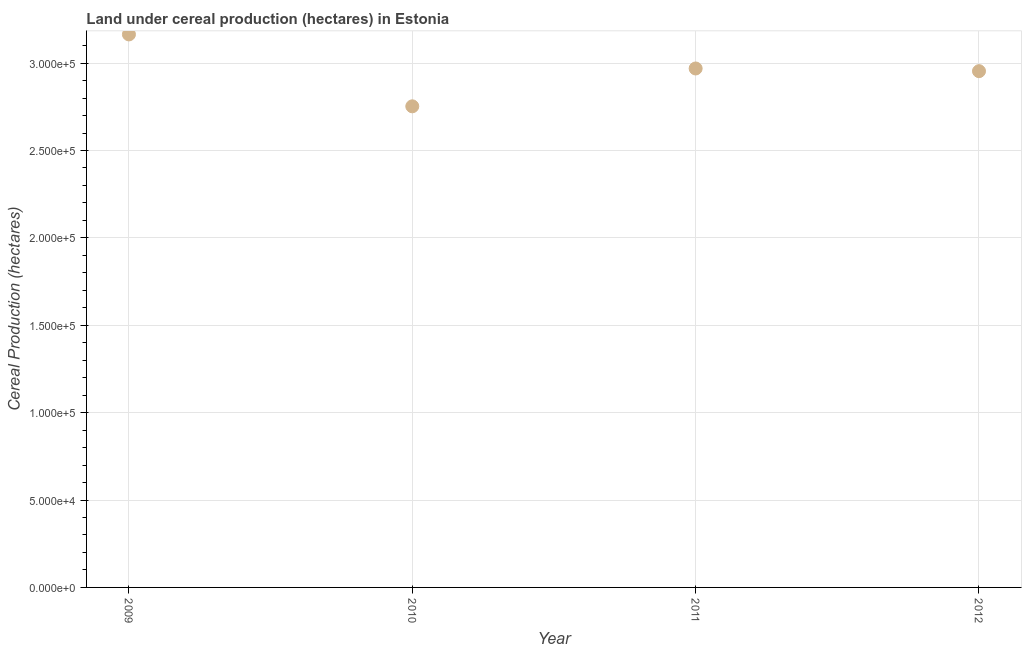
| Year | Land under cereal production (hectares) |
 | --- | --- |
 | 2009 | 3.16e+05 |
 | 2010 | 2.75e+05 |
 | 2011 | 2.97e+05 |
 | 2012 | 2.95e+05 |